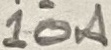
Text: 10A